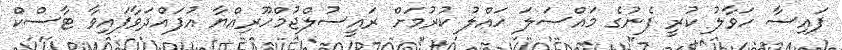
ފައިސާ ހަވާލު ކުރީ ފެނުގެ މައްސަލަ ހައްލު ކުރުމަށް ރައީސުލްޖުމްހޫރިއްޔާ އުފައްދަވާފައިވާ ޓާސްކް